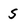
Character: 5